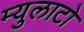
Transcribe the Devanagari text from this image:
म्युलाटो